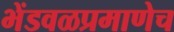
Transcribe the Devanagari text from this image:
भेंडवळप्रमाणेच